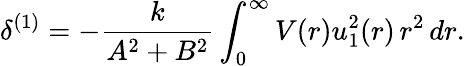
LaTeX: \delta^{(1)}=-\frac{k}{A^{2}+B^{2}}\int_{0}^{\infty}V(r)u_{1}^{2}(r)\, r^{2}\, dr.